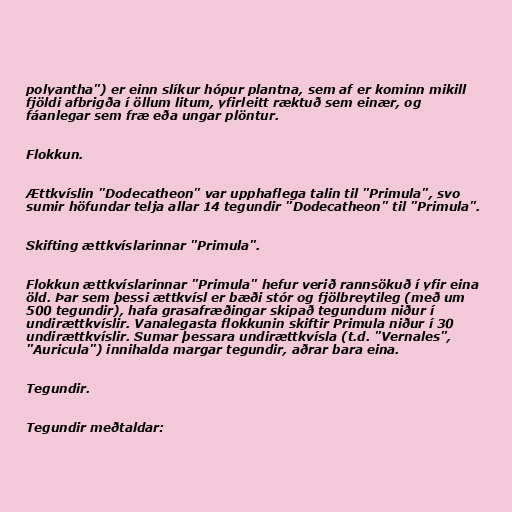
polyantha") er einn slíkur hópur plantna, sem af er kominn mikill
fjöldi afbrigða í öllum litum, yfirleitt ræktuð sem einær, og
fáanlegar sem fræ eða ungar plöntur.

Flokkun.

Ættkvíslin "Dodecatheon" var upphaflega talin til "Primula", svo
sumir höfundar telja allar 14 tegundir "Dodecatheon" til "Primula".

Skifting ættkvíslarinnar "Primula".

Flokkun ættkvíslarinnar "Primula" hefur verið rannsökuð í yfir eina
öld. Þar sem þessi ættkvísl er bæði stór og fjölbreytileg (með um
500 tegundir), hafa grasafræðingar skipað tegundum niður í
undirættkvíslir. Vanalegasta flokkunin skiftir Primula niður í 30
undirættkvíslir. Sumar þessara undirættkvísla (t.d. "Vernales",
"Auricula") innihalda margar tegundir, aðrar bara eina.

Tegundir.

Tegundir meðtaldar: